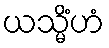
ယသ္မိံဟံ